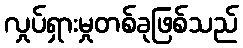
လှုပ်ရှားမှုတစ်ခုဖြစ်သည်